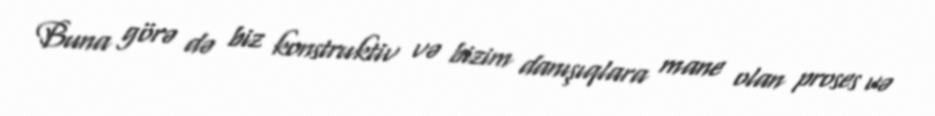
Buna görə də biz konstruktiv və bizim danışıqlara mane olan proses və